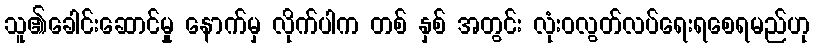
သူ၏ခေါင်းဆောင်မှု နောက်မှ လိုက်ပါက တစ် နှစ် အတွင်း လုံးဝလွတ်လပ်ရေးရစေရမည်ဟု